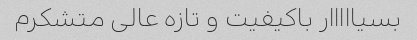
بسیااااار باکیفیت و تازه عالی متشکرم